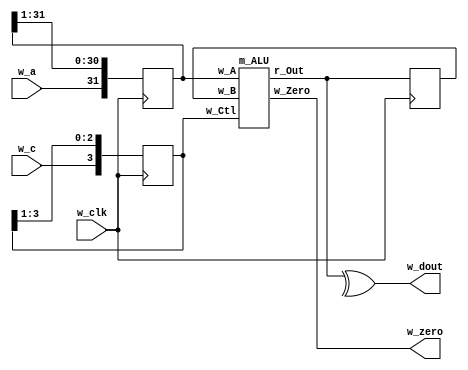
/**************************************************************************/
/* code101.v                          For CSC.T341 CLD Archlab TOKYO TECH */
/**************************************************************************/
`default_nettype none

module m_main (w_clk, w_a, w_c, w_dout, w_zero);
    input  wire w_clk, w_a, w_c;
    output wire w_dout, w_zero;
    reg [31:0] r_a=0, r_b=0;
    reg [3:0] r_c=0;
    wire [31:0] w_out;
    assign w_dout = ^w_out;
    always@(posedge w_clk) begin
        r_a <= {w_a, r_a[31:1]};
        r_b <= w_out;
        r_c <= {w_c, r_c[3:1]};
    end
    m_ALU m_ALU0 (r_c, r_a, r_b, w_out, w_zero);
endmodule

module m_ALU (w_Ctl, w_A, w_B, r_Out, w_Zero);
    input [3:0] w_Ctl;
    input [31:0] w_A, w_B;
    output reg [31:0] r_Out;
    output wire w_Zero;
    assign w_Zero = (r_Out==0);

    always@(*)
        case (w_Ctl)
            0:  r_Out <= w_A & w_B;
            1:  r_Out <= w_A | w_B;
            2:  r_Out <= w_A + w_B;
            6:  r_Out <= w_A - w_B;
            7:  r_Out <= (w_A < w_B) ? 1 : 0;
            12: r_Out <= ~(w_A | w_B);
            default: r_Out <= 0;
        endcase
endmodule